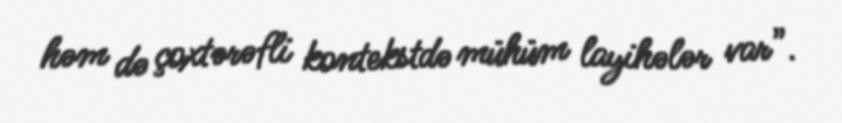
həm də çoxtərəfli kontekstdə mühüm layihələr var”.